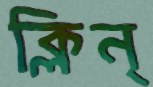
ক্লিন্